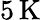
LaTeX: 5\, \mathrm{K}